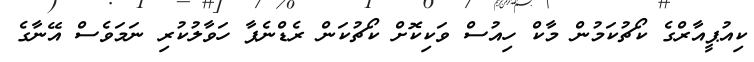
ކިއުޕީއާރްގެ ކޯޗުކަމުން މާކް ހިއުސް ވަކިކޮށް ކޯޗުކަން ރެޑްނެޕާ ހަވާލުކުރި ނަމަވެސް އޭނާގެ